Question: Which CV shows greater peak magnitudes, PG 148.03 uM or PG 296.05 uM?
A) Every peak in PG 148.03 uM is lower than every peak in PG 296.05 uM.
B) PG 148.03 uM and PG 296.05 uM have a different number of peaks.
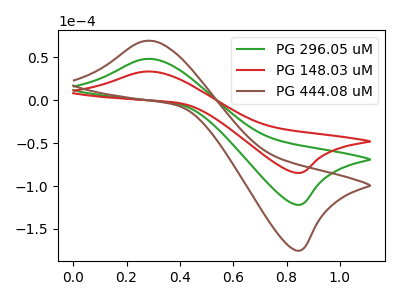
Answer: <think>The green curve "PG 296.05 uM" has an anodic peak at (0.30V, 48.25uA) and a cathodic peak at (0.85V, -121.70uA). The red curve "PG 148.03 uM" has an anodic peak at (0.30V, 33.55uA) and a cathodic peak at (0.85V, -84.60uA). The brown curve "PG 444.08 uM" has an anodic peak at (0.30V, 96.50uA) and a cathodic peak at (0.85V, -243.40uA).</think>
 <answer>A) Every peak in "PG 148.03 uM" is lower than every peak in "PG 296.05 uM".</answer>
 <eval>A</eval>